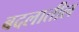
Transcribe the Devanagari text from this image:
बदलातील